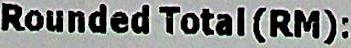
ROUNDED TOTAL (RM):